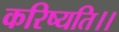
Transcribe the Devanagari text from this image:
करिष्यति।।